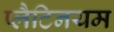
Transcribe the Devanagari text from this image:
प्लैटिनयम